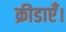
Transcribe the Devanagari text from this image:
क्रीडाएँ।